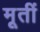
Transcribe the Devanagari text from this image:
मूतीं